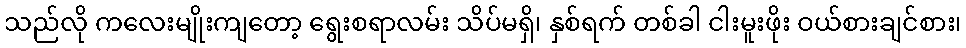
သည်လို ကလေးမျိုးကျတော့ ရွေးစရာလမ်း သိပ်မရှိ၊ နှစ်ရက် တစ်ခါ ငါးမူးဖိုး ဝယ်စားချင်စား၊